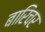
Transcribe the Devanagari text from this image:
बारिचर